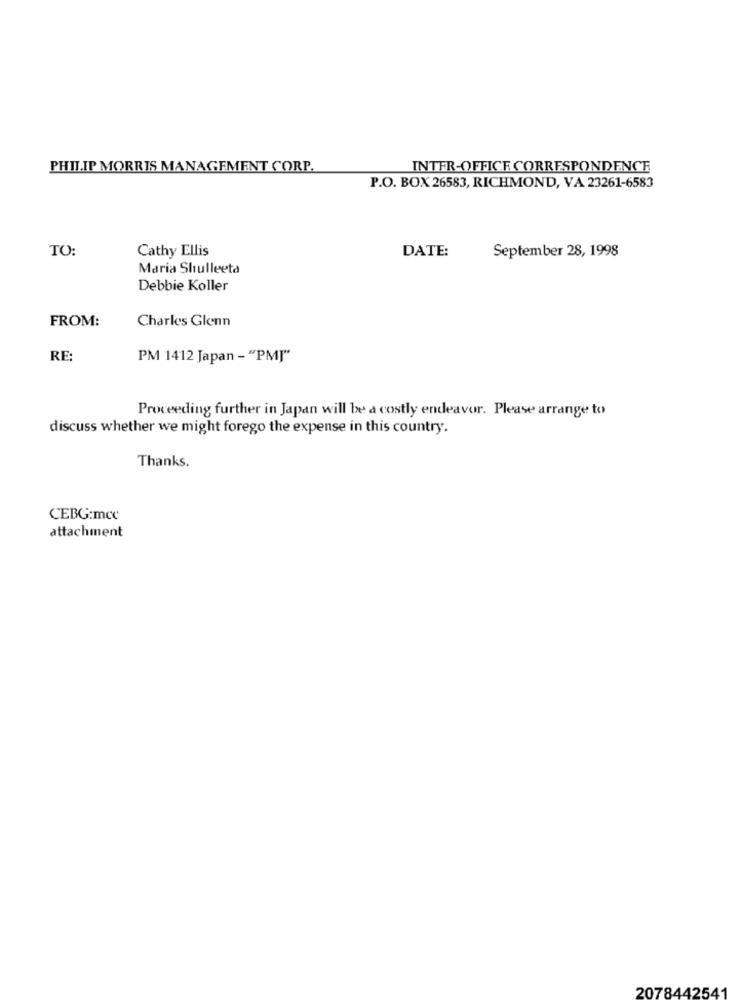
PHILIP MORRIS MANAGEMENT CORP.
INTER-OFFICE CORRESPONDENCE
P.O. BOX 26583, RICHMOND, VA 23261-6583
TO:
Cathy Ellis
DATE:
September 28, 1998
Maria Shulleeta
Debbie Koller
FROM:
Charles Glenn
RE
PM 1412 Japan - "PMJ"
Proceeding further in Japan will be a costly endeavor. Please arrange to
discuss whether we might forego the expense in this country.
Thanks.
CEBG:mcc
attachment
2078442541